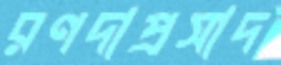
রণদাপ্রসাদ